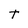
Character: t